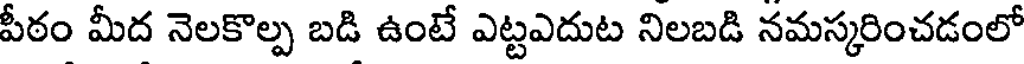
పీఠం మీద నెలకొల్ప బడి ఉంటే ఎట్టఎదుట నిలబడి నమస్కరించడంలో